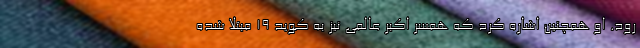
رود. او همچنین اشاره کرد که همسر اکبر عالمی نیز به کوید 19 مبتلا شده